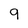
Character: 9